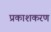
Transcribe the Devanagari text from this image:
प्रकाशकरण